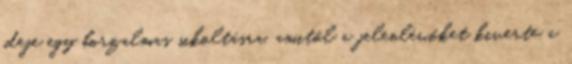
ideje egy borzalmas sikoltásra, amitől a jelenlévőket kiverte a